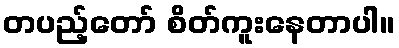
တပည့်တော် စိတ်ကူးနေတာပါ။